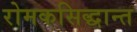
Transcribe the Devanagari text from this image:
रोमकसिद्धान्त